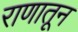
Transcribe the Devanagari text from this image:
राणातून